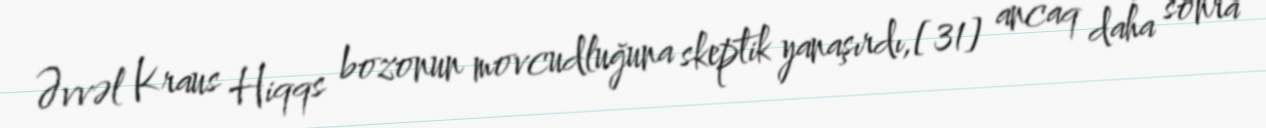
Əvvəl Kraus Hiqqs bozonun movcudluğuna skeptik yanaşırdı,[31] ancaq daha sonra